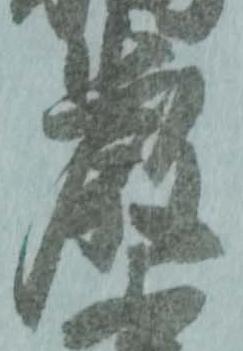
巌